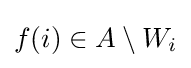
f(i)\in A\setminus W_{i}